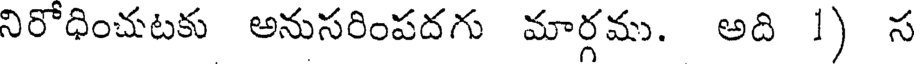
నిరోధించుటకు అనుసరింపదగు మార్గము. అది 1) స